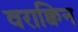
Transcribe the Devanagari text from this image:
वराक्विन